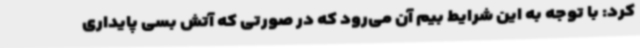
کرد: با توجه به این شرایط بیم آن می‌رود که در صورتی که آتش بسی پایداری